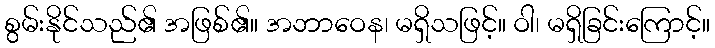
စွမ်းနိုင်သည်၏ အဖြစ်၏။ အဘာဝေန၊ မရှိသဖြင့်။ ဝါ၊ မရှိခြင်းကြောင့်။